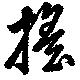
搖